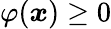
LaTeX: \varphi({\boldsymbol{x}})\geq 0